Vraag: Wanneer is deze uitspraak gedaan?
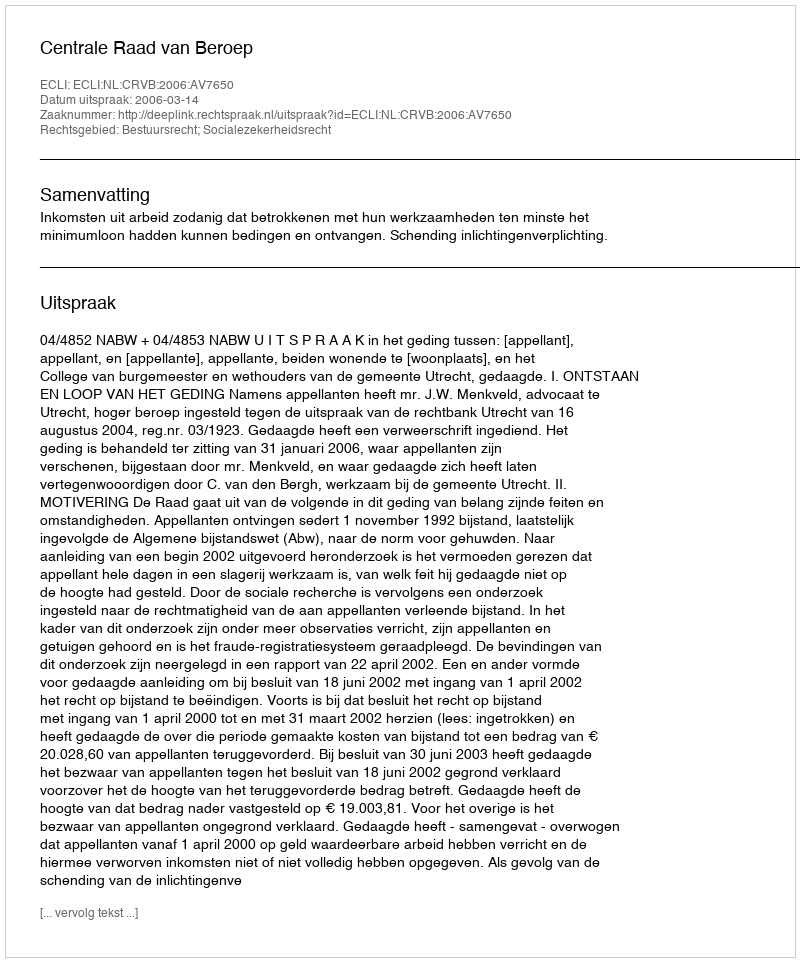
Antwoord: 2006-03-14